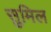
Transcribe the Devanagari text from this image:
सुमिल